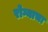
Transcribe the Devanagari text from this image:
रोग्याचा